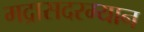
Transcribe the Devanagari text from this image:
मद्रासदरम्यान